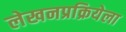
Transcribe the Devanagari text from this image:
लेखनप्रक्रियेला